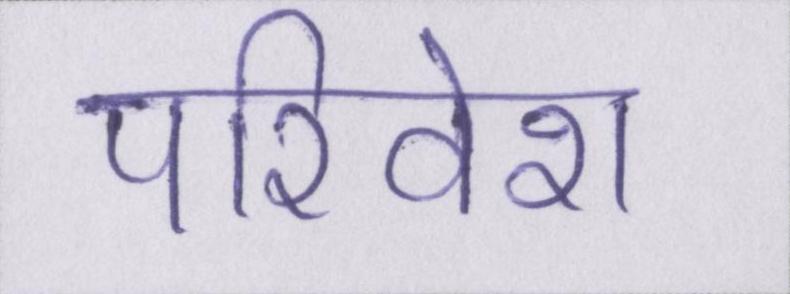
परिवेश